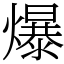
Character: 爆